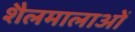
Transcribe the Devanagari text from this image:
शैलमालाओं